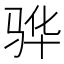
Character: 骅